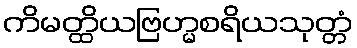
ကိမတ္ထိယဗြဟ္မစရိယသုတ္တံ